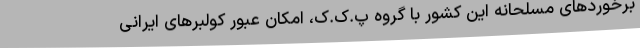
برخوردهای مسلحانه این کشور با گروه پ.ک.ک، امکان عبور کولبرهای ایرانی